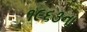
૧૯૬૩ના